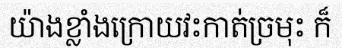
យ៉ាងខ្លាំងក្រោយវះកាត់ច្រមុះ ក៏